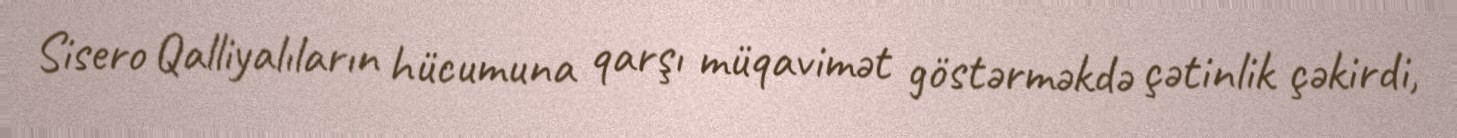
Sisero Qalliyalıların hücumuna qarşı müqavimət göstərməkdə çətinlik çəkirdi,